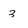
Character: 3